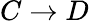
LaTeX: C\rightarrow D